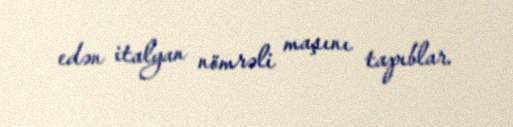
edən italyan nömrəli maşını tapıblar.